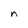
Character: n